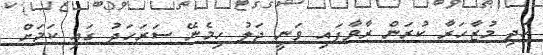
އަދި މުޒާހަރާ ކުރަން ރާވާފައި ވަނީ ޖަލު ހިމެނޭ ސަރަހަދު ގައި ކަމަށް